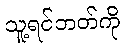
သူ့ရင်ဘတ်ကို